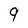
Character: 9